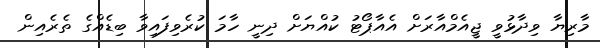
މާރިޔާ ވިދާޅުވީ ޖީއެމްއާރަށް އެއާޕޯޓު ކުއްޔަށް ދިނީ ހާމަ ކުރެވިފައިވާ ބިޑެއްގެ ތެރެއިން